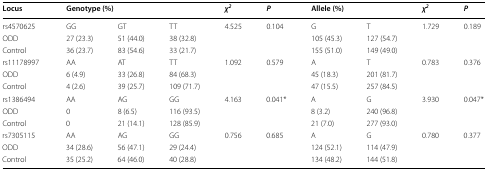
<table><thead><tr><td><b>Locus</b></td><td colspan="3"><b>Genotype (%)</b></td><td><b><i>χ</i><sup><i>2</i></sup></b></td><td><b><i>P</i></b></td><td colspan="2"><b>Allele (%)</b></td><td><b><i>χ</i><sup><i>2</i></sup></b></td><td><b><i>P</i></b></td></tr></thead><tbody><tr><td>rs4570625</td><td>GG</td><td>GT</td><td>TT</td><td rowspan="3">4.525</td><td rowspan="3">0.104</td><td>G</td><td>T</td><td rowspan="3">1.729</td><td rowspan="3">0.189</td></tr><tr><td>ODD</td><td>27 (23.3)</td><td>51 (44.0)</td><td>38 (32.8)</td><td>105 (45.3)</td><td>127 (54.7)</td></tr><tr><td>Control</td><td>36 (23.7)</td><td>83 (54.6)</td><td>33 (21.7)</td><td>155 (51.0)</td><td>149 (49.0)</td></tr><tr><td>rs11178997</td><td>AA</td><td>AT</td><td>TT</td><td rowspan="3">1.092</td><td rowspan="3">0.579</td><td>A</td><td>T</td><td rowspan="3">0.783</td><td rowspan="3">0.376</td></tr><tr><td>ODD</td><td>6 (4.9)</td><td>33 (26.8)</td><td>84 (68.3)</td><td>45 (18.3)</td><td>201 (81.7)</td></tr><tr><td>Control</td><td>4 (2.6)</td><td>39 (25.7)</td><td>109 (71.7)</td><td>47 (15.5)</td><td>257 (84.5)</td></tr><tr><td>rs1386494</td><td>AA</td><td>AG</td><td>GG</td><td rowspan="3">4.163</td><td rowspan="3">0.041*</td><td>A</td><td>G</td><td rowspan="3">3.930</td><td rowspan="3">0.047*</td></tr><tr><td>ODD</td><td>0</td><td>8 (6.5)</td><td>116 (93.5)</td><td>8 (3.2)</td><td>240 (96.8)</td></tr><tr><td>Control</td><td>0</td><td>21 (14.1)</td><td>128 (85.9)</td><td>21 (7.0)</td><td>277 (93.0)</td></tr><tr><td>rs7305115</td><td>AA</td><td>AG</td><td>GG</td><td rowspan="3">0.756</td><td rowspan="3">0.685</td><td>A</td><td>G</td><td rowspan="3">0.780</td><td rowspan="3">0.377</td></tr><tr><td>ODD</td><td>34 (28.6)</td><td>56 (47.1)</td><td>29 (24.4)</td><td>124 (52.1)</td><td>114 (47.9)</td></tr><tr><td>Control</td><td>35 (25.2)</td><td>64 (46.0)</td><td>40 (28.8)</td><td>134 (48.2)</td><td>144 (51.8)</td></tr></tbody></table>